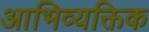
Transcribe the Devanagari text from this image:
आभिव्यक्तिक